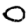
Digit: 0